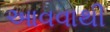
આવવાથી